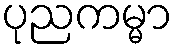
ပုညကမ္မာ